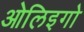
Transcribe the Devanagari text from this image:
ओलिइगो